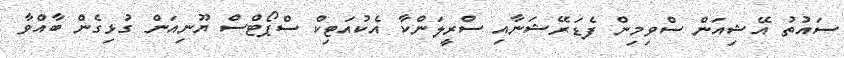
ސައުތު އޭޝިއަން ސްވިމިން ފެޑަރޭޝަނާއި ސްރީލަންކާ އެކުއަޓިކް ސްޕޯޓްސް ޔޫނިއަން ގުޅިގެން ބާއްވާ